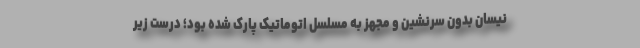
نیسان بدون سرنشین و مجهز به مسلسل اتوماتیک پارک شده بود؛ درست زیر